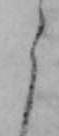
う